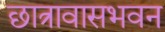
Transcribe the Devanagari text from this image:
छात्रावासभवन